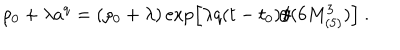
LaTeX: \rho _ { 0 } + \lambda a ^ { q } = \left( \rho _ { 0 } + \lambda \right) \exp \left[ \lambda q ( t - t _ { 0 } ) / ( 6 M _ { ( 5 ) } ^ { 3 } ) \right] \ .